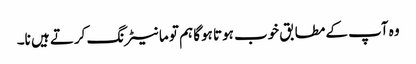
وہ آپ کے مطابق خوب ہوتا ہوگا ہم تو مانیٹرنگ کرتے ہیں نا۔